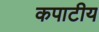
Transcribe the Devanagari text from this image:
कपाटीय